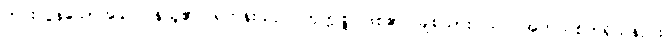
ကင်းလွန်သောအခါ ပြန်ယူ၏။ ရဟန်းသည် ကုက္ကုစ္စ ဖြစ်၏။ ချစ်သား၊ သင် အဘယ်စိတ်ရှိသနည်း။